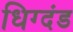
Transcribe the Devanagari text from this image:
धिग्दंड